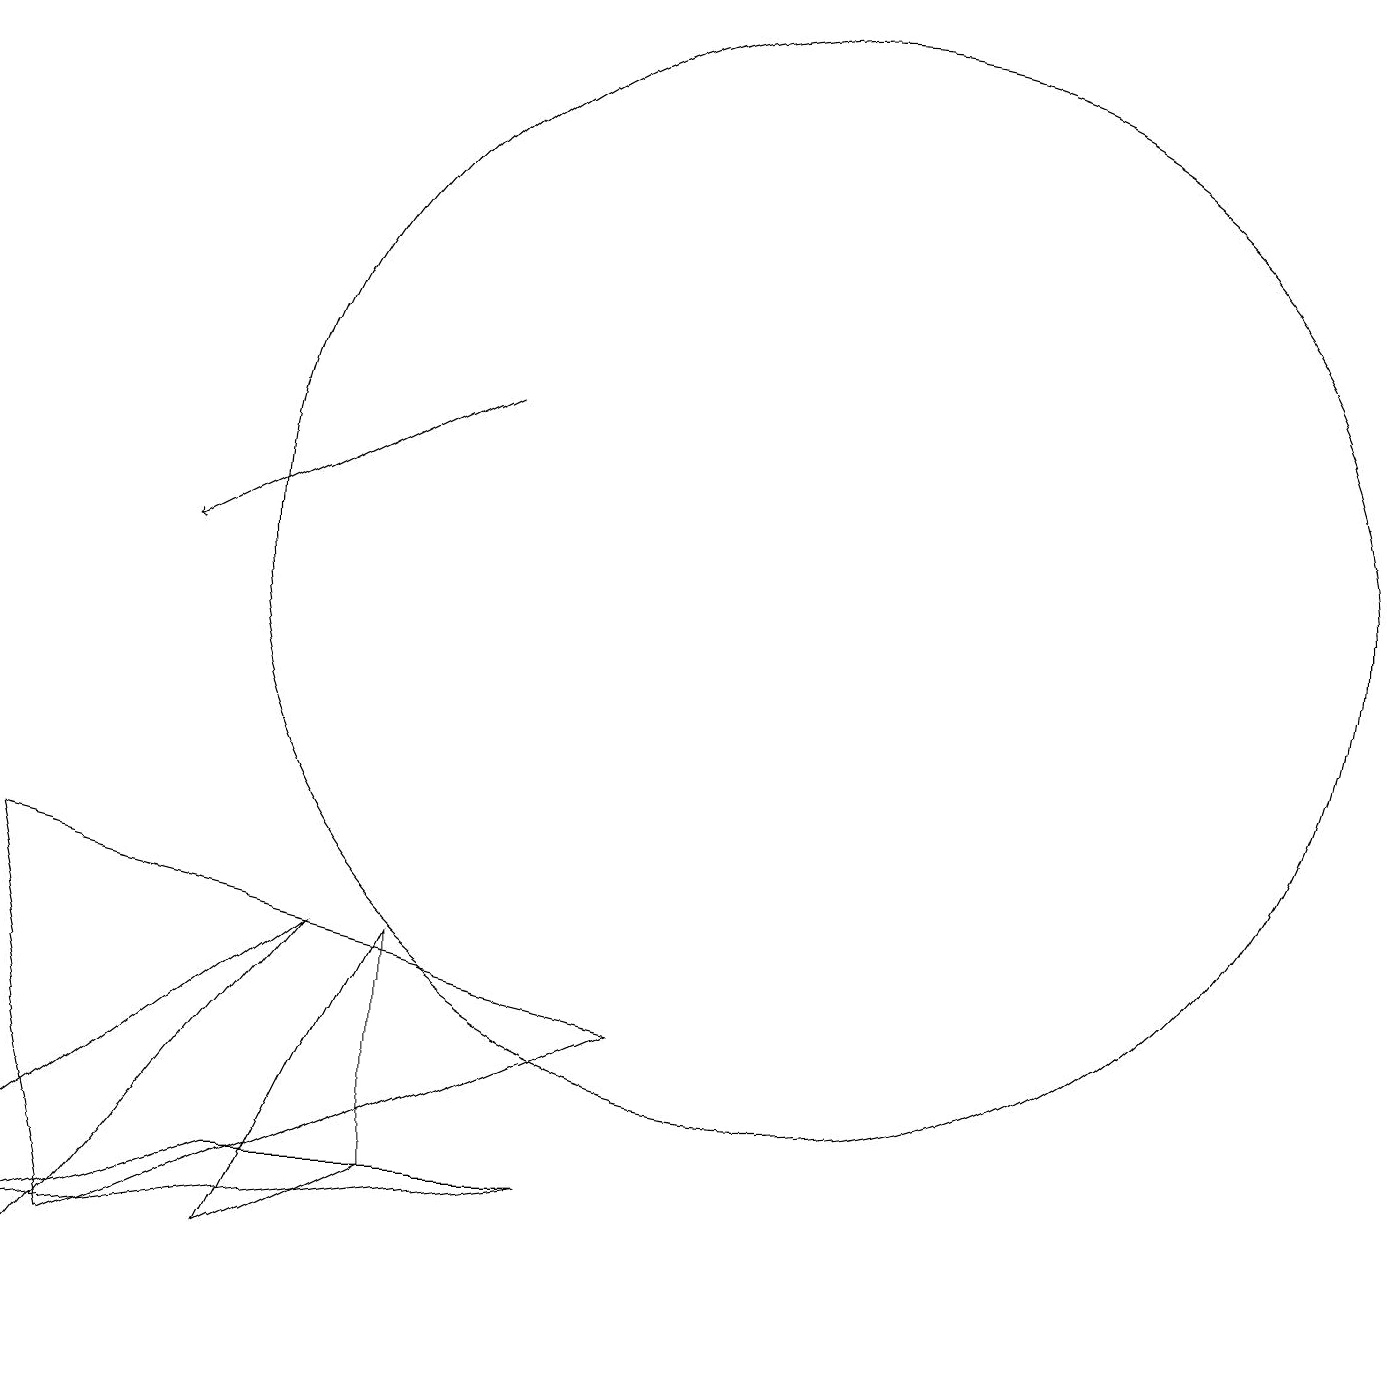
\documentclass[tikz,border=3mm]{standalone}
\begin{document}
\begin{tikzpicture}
\draw (0,7) -- (8,5) -- (1,2) -- cycle;
\draw (3,2) -- (5,3) -- (5,6) -- cycle;
\draw (10,11) circle (7);
\draw (4,6) -- (0,3) -- (0,1) -- cycle;
\draw (0,2) -- (3,3) -- (7,3) -- cycle;
\draw[->] (6,13) -- (2,11);
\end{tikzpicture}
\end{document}